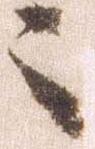
々